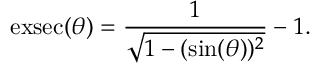
\operatorname { e x s e c } ( \theta ) = { \frac { 1 } { \sqrt { 1 - ( \sin ( \theta ) ) ^ { 2 } } } } - 1 .